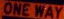
ONE WAY